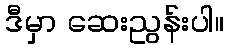
ဒီမှာ ဆေးညွန်းပါ။